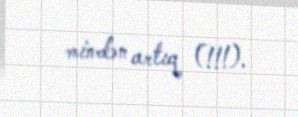
mindən artıq (!!!).